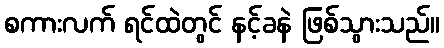
စကားလက် ရင်ထဲတွင် နင့်ခနဲ ဖြစ်သွားသည်။